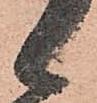
候